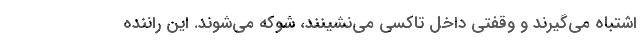
اشتباه می‌گیرند و وقفتی داخل تاکسی می‌نشینند، شوکه می‌شوند. این راننده